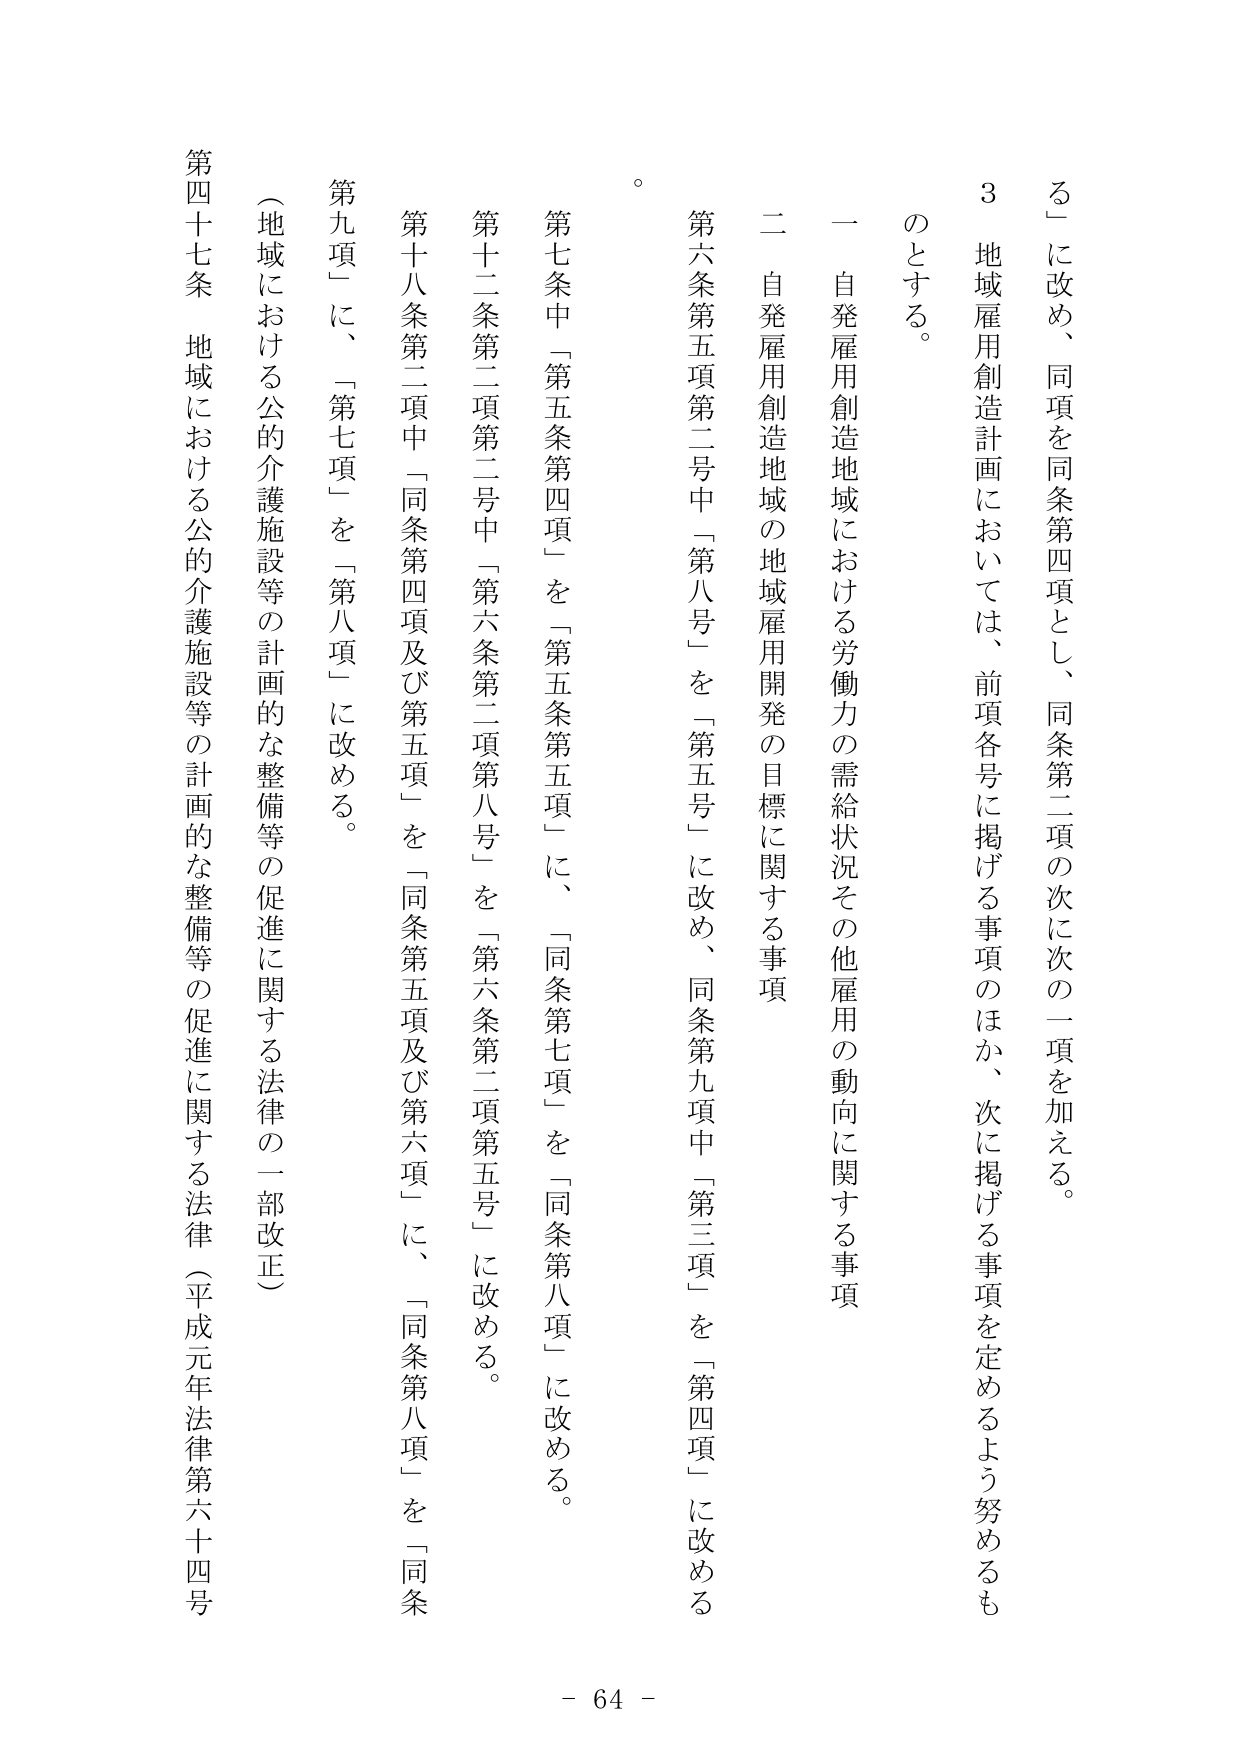
る」に改め、同項を同条第四項とし、同条第二項の次に次の一項を加える。
３ 地域雇用創造計画においては、前項各号に掲げる事項のほか、次に掲げる事項を定めるよう努めるものとする。
一 自発雇用創造地域における労働力の需給状況その他雇用の動向に関する事項
二 自発雇用創造地域の地域雇用開発の目標に関する事項
第六条第五項第二号中「第八号」を「第五号」に改め、同条第九項中「第三項」を「第四項」に改める。
第七条中「第五条第四項」を「第五条第五項」に、「同条第七項」を「同条第八項」に改める。
第十二条第二項第二号中「第六条第二項第八号」を「第六条第二項第五号」に改める。
第十八条第二項中「同条第四項及び第五項」を「同条第五項及び第六項」に、「同条第八項」を「同条第九項」に、「第七項」を「第八項」に改める。
（地域における公的介護施設等の計画的な整備等の促進に関する法律の一部改正）
第四十七条 地域における公的介護施設等の計画的な整備等の促進に関する法律（平成元年法律第六十四号）
- 64 -